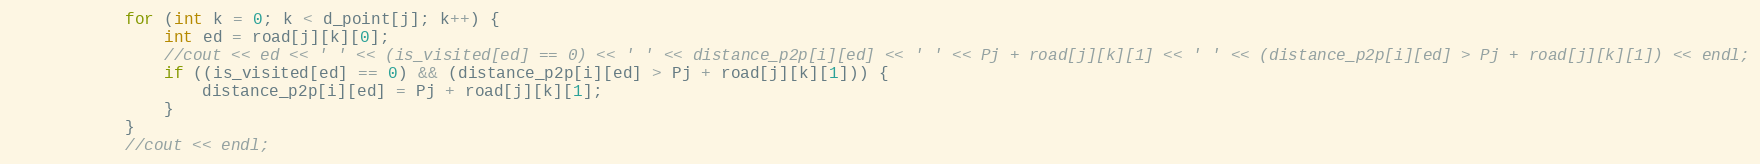
Language: C++
			for (int k = 0; k < d_point[j]; k++) {
				int ed = road[j][k][0];
				//cout << ed << ' ' << (is_visited[ed] == 0) << ' ' << distance_p2p[i][ed] << ' ' << Pj + road[j][k][1] << ' ' << (distance_p2p[i][ed] > Pj + road[j][k][1]) << endl;
				if ((is_visited[ed] == 0) && (distance_p2p[i][ed] > Pj + road[j][k][1])) {
					distance_p2p[i][ed] = Pj + road[j][k][1];
				}
			}
			//cout << endl;